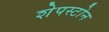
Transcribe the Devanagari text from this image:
शेपस्टोन